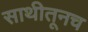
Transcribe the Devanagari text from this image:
साथीतूनच